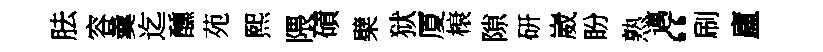
胠容羹迄醺苑熙隈磧檗狱厦榱隙研崴盼熟邁“刷廬